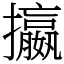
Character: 攍